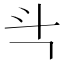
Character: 㪲